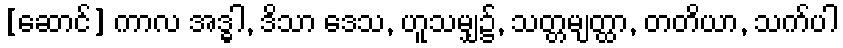
[ဆောင်] ကာလ အဒ္ဓါ, ဒိသာ ဒေသ, ဟူသမျှ၌, သတ္တမျတ္ထာ, တတိယာ, သက်ပါ